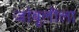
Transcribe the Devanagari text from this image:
जांबूलीला